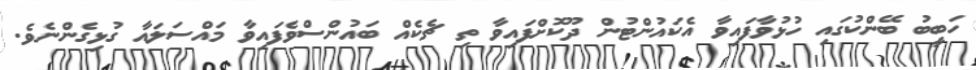
ހަބީބު ބޭންކުގައި ހުޅުވާފައިވާ އެކައުންޓުން ދޫކޮށްފައިވާ ތި ޗެކެއް ބައުންސްވެފައިވާ މައްސަލައާ ގުޅިގެންނެވެ.